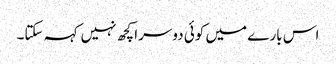
اس بارے میں کوئی دوسرا کچھ نہیں کہہ سکتا۔